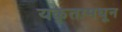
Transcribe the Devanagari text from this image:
यकृतामधून